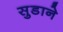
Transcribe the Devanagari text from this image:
सुडाने